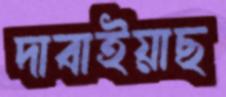
দাবাইয়াছ